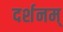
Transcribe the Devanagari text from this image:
दर्शनम्‌